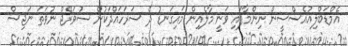
އެމްޑަބްލިއުއެސްސީން ނިންމާފައި ވަނީ މާލެއިން މައިގަނޑު ދެ ސަރަހައްދަކުން ސުވަރޭޖް ނުވަތަ ނަޖިސް